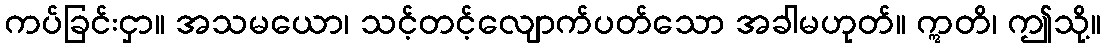
ကပ်ခြင်းငှာ။ အသမယော၊ သင့်တင့်လျောက်ပတ်သော အခါမဟုတ်။ ဣတိ၊ ဤသို့။